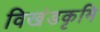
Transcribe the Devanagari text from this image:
विखंडकृमि